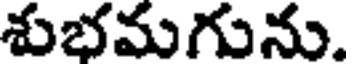
శుభమగును.